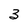
Character: 3